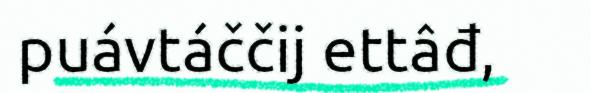
puávtáččij ettâđ,